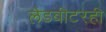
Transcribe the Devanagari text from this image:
लेडबीटरही